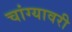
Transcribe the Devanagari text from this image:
चांग्यावरी